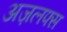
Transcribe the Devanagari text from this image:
अज़लफ्स